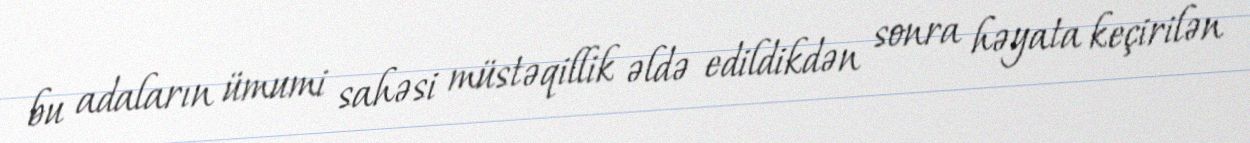
bu adaların ümumi sahəsi müstəqillik əldə edildikdən sonra həyata keçirilən